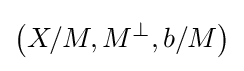
\left(X/M,M^{\perp },b/M\right)